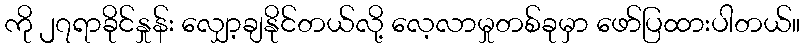
ကို ၂၇ရာခိုင်နှုန်း လျှော့ချနိုင်တယ်လို့ လေ့လာမှုတစ်ခုမှာ ဖော်ပြထားပါတယ်။